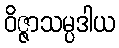
ဝိဇ္ဇာသမ္ပဒါယ